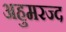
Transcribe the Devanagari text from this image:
अहुमरज्द